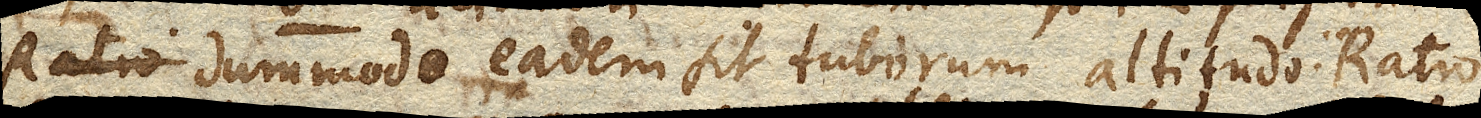
dummodo eadem sit tuborum altitudo. Ratio